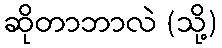
ဆိုတာဘာလဲ (သို့)